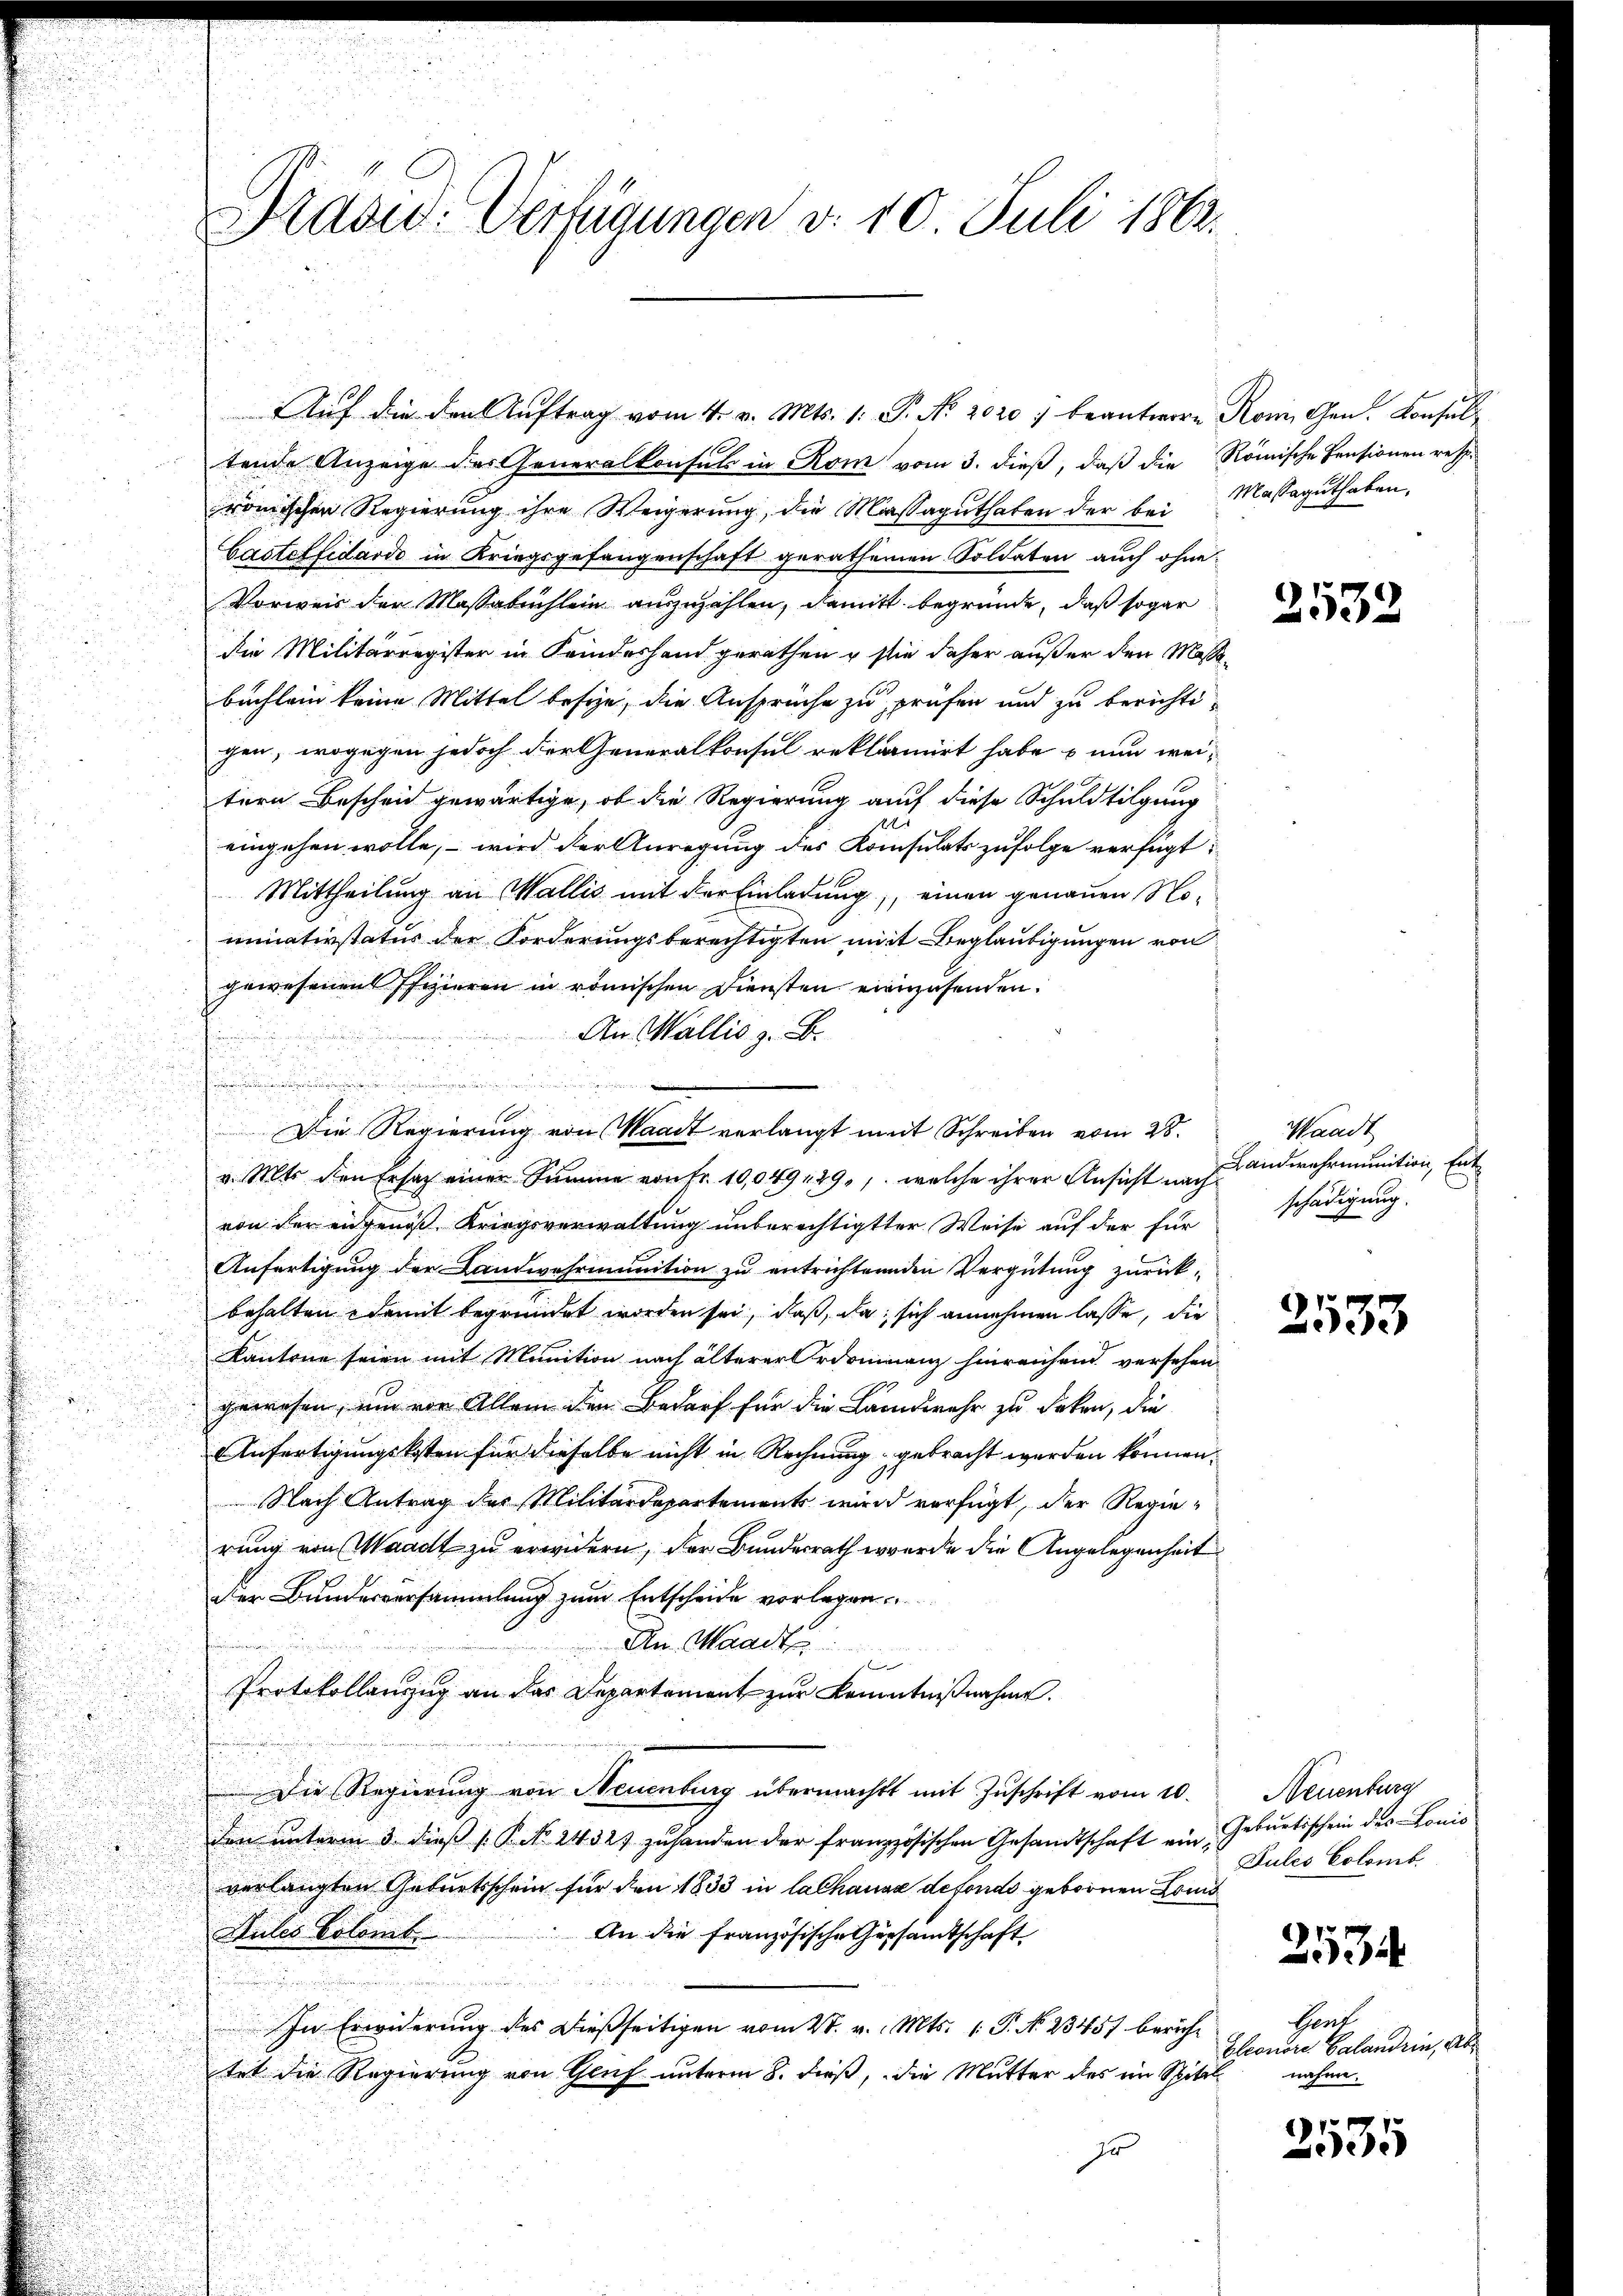
Präsid. Verfügungen d. 10. Juli 1862.

tende Anzeige des Generalkonsuls in Rom vom 3. dieß, daß die Römische Pensionen resp.
römischen Regierung ihre Weigerung, die Massaguthaten der bei Massaguthaben.
Casteffidando in Kriegsgefangenschaft gerathenen Soldaten auch ohne
Vorweis der Massabuchlein auszuzahlen, damit begründe, daß sogar
die Militärregister in Kindeshand gerathen u sie daher außer den Maßabuchlein keine Mittel besize, die Ansprüche zu prüfen und zu berichtigen, wogegen jedoch der Generalkonsul reklamirt habe – nun weitern Bescheid gewärtige, ob die Regierung auf diese Schuldtilgung
eingehen wolle, – wird der Anregung des Konsulats zufolge verfügt:
Mittheilung an Wallis mit der Einladung, einen genauen Nominativstatus der Forderungsberechtigten mit Beglaubigungen von
gewesenen Pfizieren in römischen Diensten einzusenden.
An Wallis z. B.
d

r

v. Mts. den Ersatz einer Summe von Fr. 10,049, 29. /. welche ihrer Ansicht nachi
von der eidgenoß Kriegsverwaltung unberechtigter Weise auf der für
Anfertigung der Landwehrmunition zu entrichtenden Vergütung zurücks
behalten damit begründet worden sei, daß, da sich annehmen lasse, die
Kantone seien mit Munition nach älterer Ordoninanz hinreichend versehen
gewesen, um von Allem den Bedarf für die Landwehr zu deken, die
Anfertigungskosten für dieselbe nicht in Rechnung gebracht werden können.
Nach Antrag des Militärdepartements wird verfügt, der Regierung von Waadt zu erwidern, der Bundesrath werde die Angelegenheit
der Bundesversammlung zum Entscheide vorlegen
An Waadt
e
Protokollauszug an das Departement zur Kenntnißnahme.
Die Regierŭng von Neuenburg übermacht mit Zŭschrift vom 10.
den ŭnterm 3. dieβ (: P. Nr. 2432) zŭ handen der französischen Gesandtschaft ein Geburtsschein des Lonis
verlangten Geburtsschein für den 1833 in Cathause defonds gebornen Lond
An die Französische Gersandtschaft
Dules Colomt
In Erwiderung des dießseitigen vom 28. v. Mts. 1. P. No. 23457 bericht
tet die Regierung von Genf unterm 8. dieß, die Mutter des ein Spitalzr

Auf die den Auftrag vom 4. v. Mts. 1. P. No. 2020 :/ beantwort Rom Gen. Konsul¬

u
Die Regierung von Waadt verlangt mit Schreiben vom 28.

2532

Waadt
Landwehrmunition, Ent
schädigung.

2533

Neuenburg
Dules Colomb.

253

Gent
Eleonore Calandrin, Ab
nahme.

2535